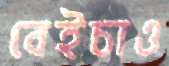
বেইচাও